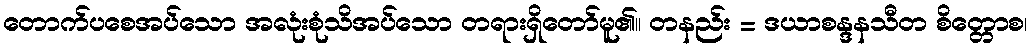
တောက်ပစေအပ်သော အလုံးစုံသိအပ်သော တရားရှိတော်မူ၏။ တနည်း = ဒယာစန္ဒနသီတ စိတ္တောစ၊